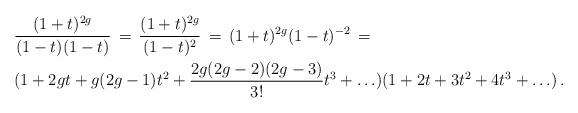
LaTeX: \begin{align*} \begin{aligned} & \frac{(1+t)^{2g}}{(1-t)(1-t)}\,= \, \frac{(1+t)^{2g}}{(1-t)^2}\,=\, (1+t)^{2g}(1-t)^{-2} \,=\,\\ & (1+2gt+g(2g-1)t^2+\frac{2g(2g-2)(2g-3)}{3!}t^3+\ldots)(1+2t+3t^2+4t^3+\ldots)\, . \end{aligned}\end{align*}